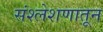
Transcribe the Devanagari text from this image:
संश्लेशणातून